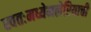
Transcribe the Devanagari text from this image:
स्वतःमध्येमलेरियाची